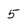
Character: 5